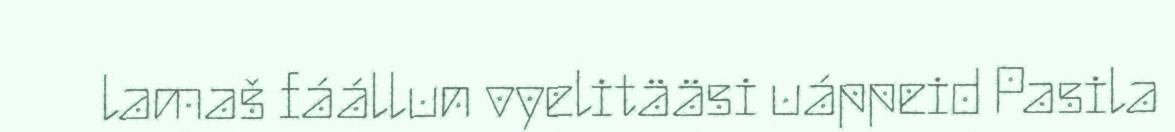
lamaš fáállun vyelitääsi uáppeid Pasila